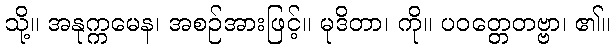
သို့။ အနုက္ကမေန၊ အစဉ်အားဖြင့်။ မုဒိတာ၊ ကို။ ပဝတ္တေတဗ္ဗာ၊ ၏။